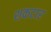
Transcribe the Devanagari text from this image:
शकटार